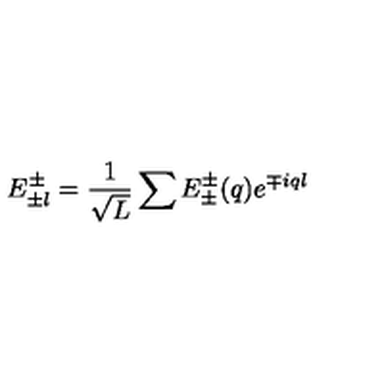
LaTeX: E _ { \pm l } ^ { \pm } = \frac { 1 } { \sqrt { L } } \sum E _ { \pm } ^ { \pm } ( q ) e ^ { \mp i q l }